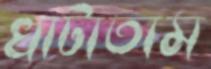
খাটাতাম